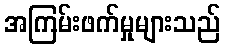
အကြမ်းဖက်မှုများသည်